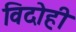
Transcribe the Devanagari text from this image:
विदोही